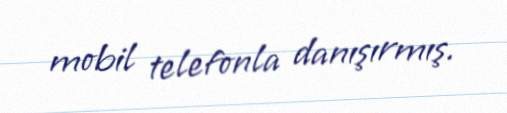
mobil telefonla danışırmış.